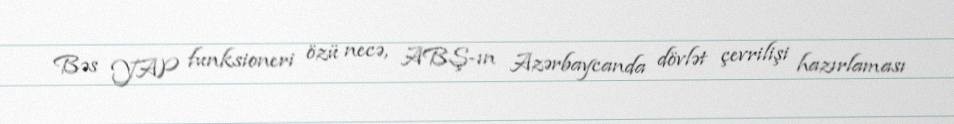
Bəs YAP funksioneri özü necə, ABŞ-ın Azərbaycanda dövlət çevrilişi hazırlaması